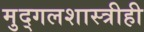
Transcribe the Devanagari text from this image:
मुद्गलशास्त्रीही